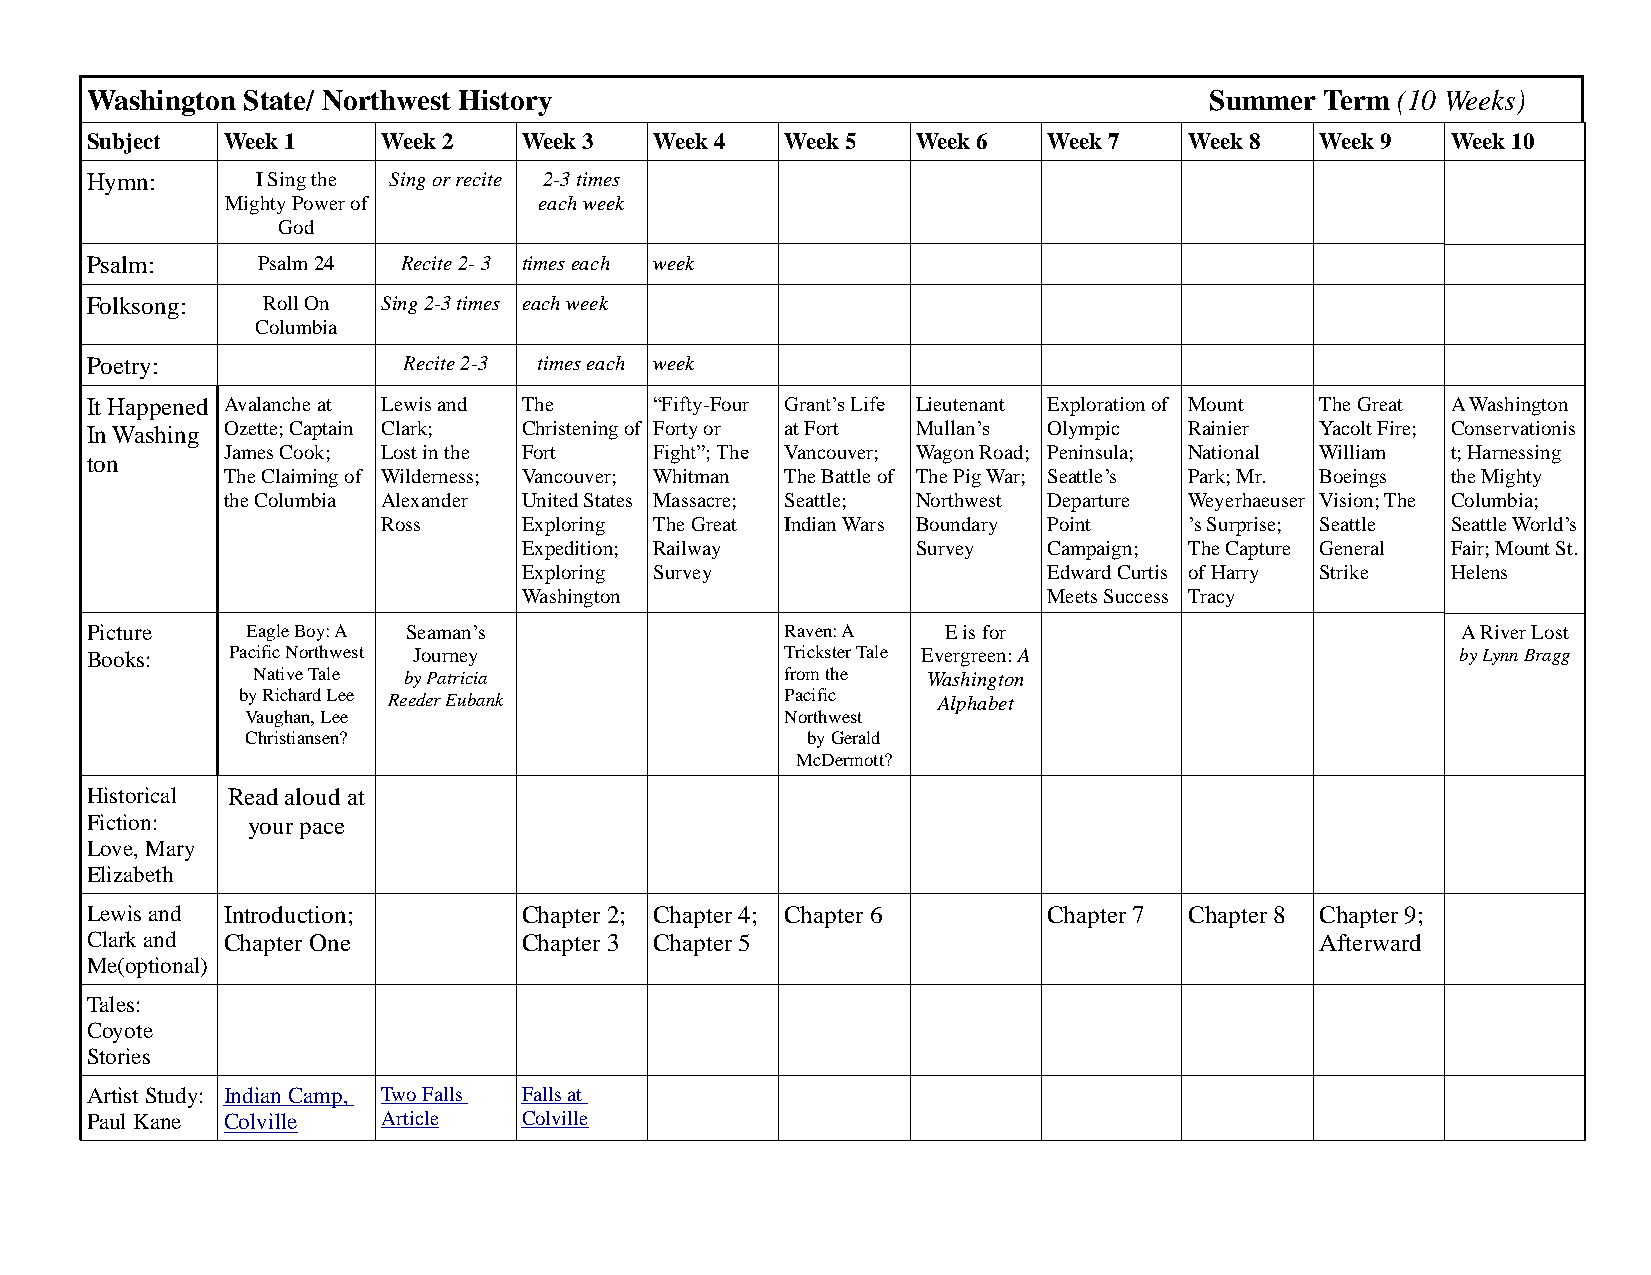
Washington State/ Northwest History                                       Summer  Term (10 Weeks)
 Subject  Week 1    Week 2    Week 3  Week 4   Week 5   Week 6  Week 7    Week 8  Week 9   Week 10
 Hymn:      I Sing the Sing or recite 2-3 times
 Mighty Power of      each week
 God
 Psalm:     Psalm 24  Recite 2- 3 times each week
 Folksong:  Roll On Sing 2-3 times each week
 Columbia
 Poetry:              Recite 2-3 times each week
 It Happened Avalanche at Lewis and The “Fifty-Four Grant’s Life Lieutenant Exploration of Mount The Great A Washington
 In Washing Ozette; Captain Clark; Christening of Forty or at Fort Mullan’s Olympic Rainier Yacolt Fire; Conservationis
 James Cook; Lost in the Fort Fight”; The Vancouver; Wagon Road; Peninsula; National William t; Harnessing
 ton
 The Claiming of Wilderness; Vancouver; Whitman The Battle of The Pig War; Seattle’s Park; Mr. Boeings the Mighty
 the Columbia Alexander United States Massacre; Seattle; Northwest Departure Weyerhaeuser Vision; The Columbia;
 Ross      Exploring The Great Indian Wars Boundary Point ’s Surprise; Seattle Seattle World’s
 Expedition; Railway       Survey  Campaign; The Capture General Fair; Mount St.
 Exploring Survey                  Edward Curtis of Harry Strike Helens
 Washington                        Meets Success Tracy
 Picture   Eagle Boy: A Seaman’s               Raven: A   E is for                          A River Lost
 Books:   Pacific Northwest Journey            Trickster Tale Evergreen: A                  by Lynn Bragg
 Native Tale by Patricia            from the Washington
 by Richard Lee Reeder Eubank        Pacific   Alphabet
 Vaughan, Lee                        Northwest
 Christiansen?                        by Gerald
 McDermott?
 Historical Read aloud at
 Fiction:  your pace
 Love, Mary
 Elizabeth
 Lewis and Introduction;      Chapter 2; Chapter 4; Chapter 6   Chapter 7 Chapter 8 Chapter 9;
 Clark and Chapter One        Chapter 3 Chapter 5                                 Afterward
 Me(optional)
 Tales:
 Coyote
 Stories
 Artist Study: Indian Camp, Two Falls Falls at
 Paul Kane Colville Article   Colville